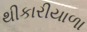
થીકારીયાળા